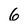
Character: 6